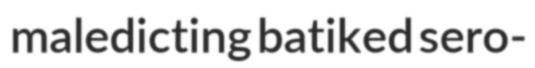
maledicting batiked sero-